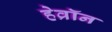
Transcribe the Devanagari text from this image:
हेव्रॉन